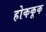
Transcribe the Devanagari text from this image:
होककूक